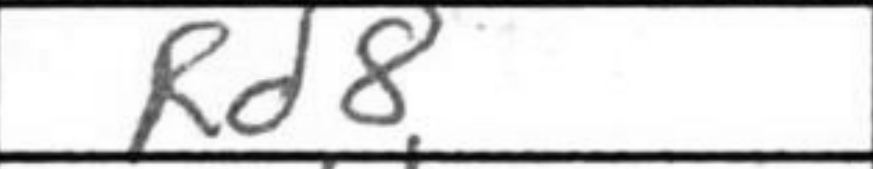
Transcription: Rd8